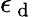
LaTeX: \epsilon_{\mathrm{~d~}}